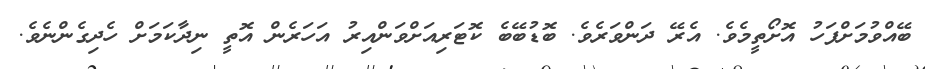
ބޭއްވުމަށްފަހު އޮށޯތީމެވެ. އެރޭ ދަންވަރެވެ. ބޮޑުބޭބެ ކޮޓަރިއަށްވަންއިރު އަހަރެން އޮތީ ނިދާކަމަށް ހެދިގެންނެވެ.